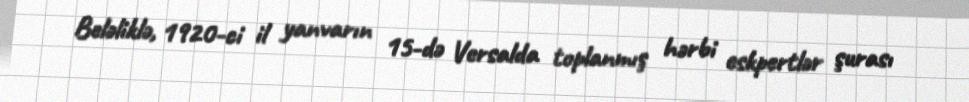
Beləliklə, 1920-ci il yanvarın 15-də Versalda toplanmış hərbi eskpertlər şurası